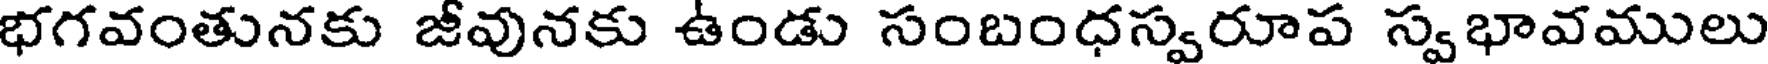
భగవంతునకు జీవునకు ఉండు సంబంధస్వరూప స్వభావములు